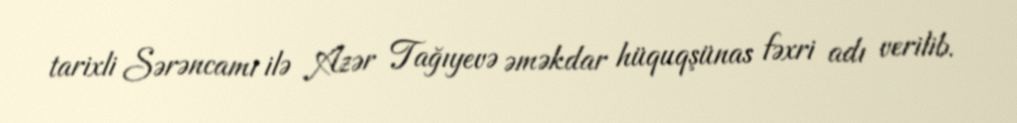
tarixli Sərəncamı ilə Azər Tağıyevə əməkdar hüquqşünas fəxri adı verilib.